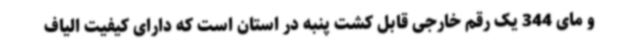
و مای 344 یک رقم خارجی قابل کشت پنبه در استان است که دارای کیفیت الیاف